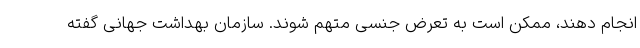
انجام دهند، ممکن است به تعرض جنسی متهم شوند. سازمان بهداشت جهانی گفته